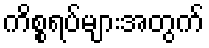
ကိစ္စရပ်များအတွက်